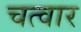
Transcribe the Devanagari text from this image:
चत्वार